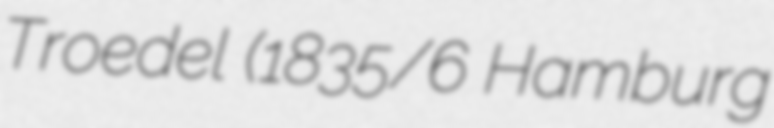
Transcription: Troedel (1835/6 Hamburg